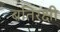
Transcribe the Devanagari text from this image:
बतिरक्षी